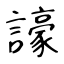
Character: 譹